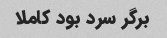
برگر سرد بود کاملا